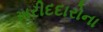
ખરીદદારોના